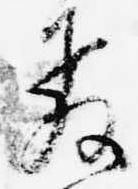
教